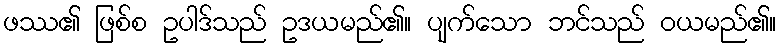
ဖဿ၏ ဖြစ်စ ဥပါဒ်သည် ဥဒယမည်၏။ ပျက်သော ဘင်သည် ဝယမည်၏။